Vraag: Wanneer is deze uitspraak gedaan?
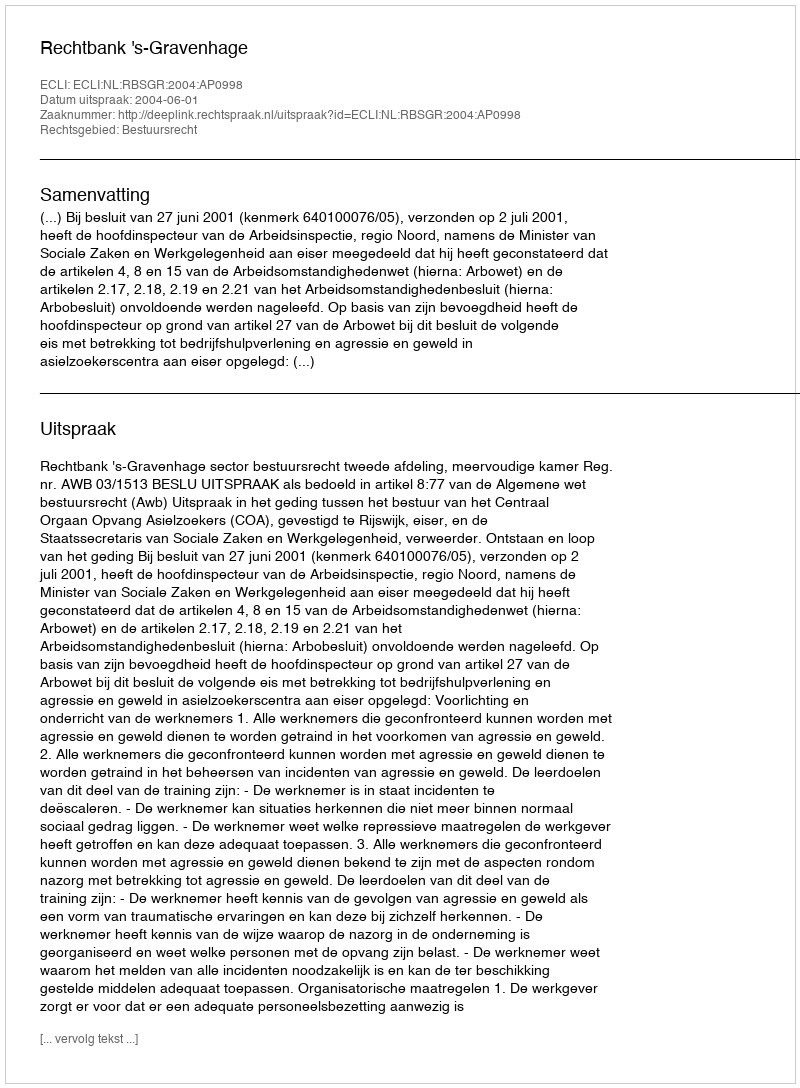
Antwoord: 2004-06-01